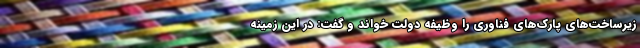
زیرساخت‌های پارک‌های فناوری را وظیفه دولت خواند و گفت: در این زمینه